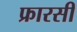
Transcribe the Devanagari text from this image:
फ्रारसी